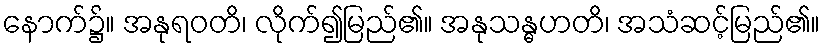
နောက်၌။ အနုရဝတိ၊ လိုက်၍မြည်၏။ အနုသန္ဓဟတိ၊ အသံဆင့်မြည်၏။